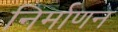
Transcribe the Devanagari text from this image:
निर्माणन